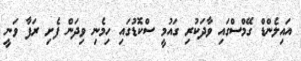
އައިލެންޑް ގޭމްސްގައި ވާދަކުރި ގައުމީ ސްކޮޑުގައި ހިމެނި ވިދަން ފެށި ރަފާ ވަނީ